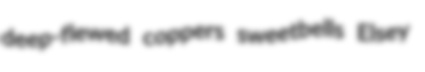
deep-flewed coppers sweetbells Elsey